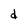
Character: d